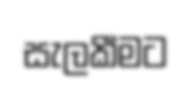
සැලකීමට